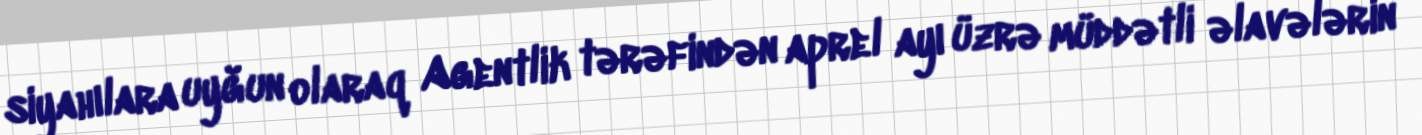
siyahılara uyğun olaraq Agentlik tərəfindən aprel ayı üzrə müddətli əlavələrin